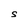
Character: S